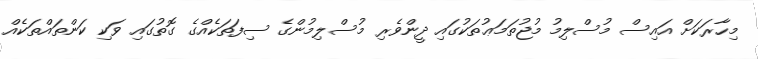
މިހާރަކަށް އައިސް މުސްލިމު މުޖުތަމަޢުތަކުގައި ދީންވެރި މުސްލިމުންގެ ސިފަތަކެއްގެ ގޮތުގައި ވަކި ކަންތައްތަކެއް